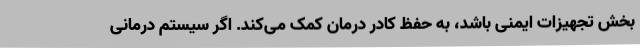
بخش تجهیزات ایمنی باشد، به حفظ کادر درمان کمک می‌کند. اگر سیستم درمانی